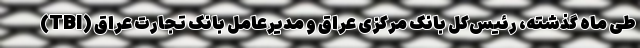
طی ماه گذشته، رئیس‌کل بانک مرکزی عراق و مدیرعامل بانک تجارت عراق (TBI)